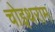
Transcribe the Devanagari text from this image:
चोइथराम